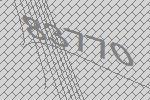
83770